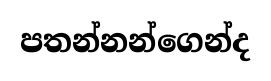
පතන්නන්ගෙන්ද